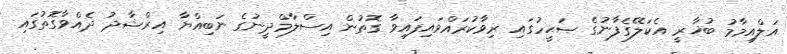
އަލްއިމާމު ބުޚާރީ އެކަލޭގެފާނުގެ ޞަޙީހުގައި ރިވާކުރައްވައިފައިވާ ގޮތުން އިސްލާމްދީނުގެ ނަބިއްޔާ އިރްޝާދު ދެއްވާގޮތުގައި